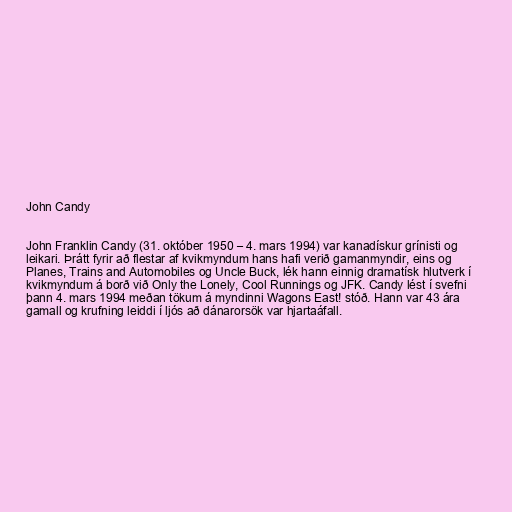
John Candy

John Franklin Candy (31. október 1950 – 4. mars 1994) var kanadískur grínisti og
leikari. Þrátt fyrir að flestar af kvikmyndum hans hafi verið gamanmyndir, eins og
Planes, Trains and Automobiles og Uncle Buck, lék hann einnig dramatísk hlutverk í
kvikmyndum á borð við Only the Lonely, Cool Runnings og JFK. Candy lést í svefni
þann 4. mars 1994 meðan tökum á myndinni Wagons East! stóð. Hann var 43 ára
gamall og krufning leiddi í ljós að dánarorsök var hjartaáfall.